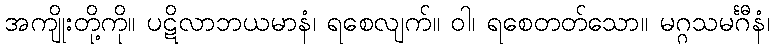
အကျိုးတို့ကို။ ပဋိလာဘယမာနံ၊ ရစေလျက်။ ဝါ၊ ရစေတတ်သော။ မဂ္ဂသမင်္ဂီနံ၊